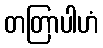
တတြာပါဟံ